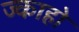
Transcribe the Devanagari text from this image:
ज्काहो